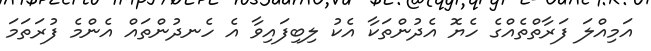
އަމިއްލަ ފަރާތްތެއްގެ ހެޔޮ އެދުންތަކާ އެކު ލިބިފައިވާ އެ ހެނދުންތައް އެންމެ ފުރަތަމަ